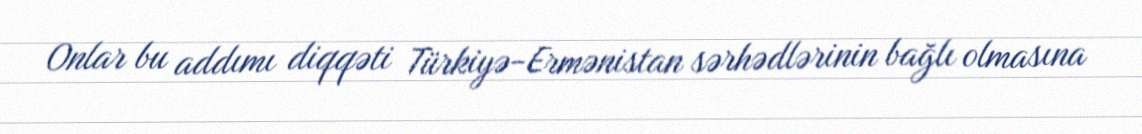
Onlar bu addımı diqqəti Türkiyə-Ermənistan sərhədlərinin bağlı olmasına